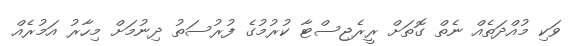
ވަކި މުއްދަތެއް ނެތް ގޮތަށް ރީރެޖިސްޓާ ކުރުމުގެ ފުރުސަތު ދިނުމަށް މިހާރު އަމުރެއް